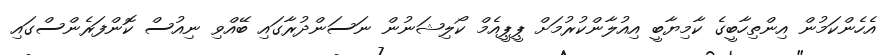
އެހެންކަމުން އިންތިހާބީގެ ކާމިޔާބީ އިއުލާންކުރުމަށް ޕީޕީއެމް ކޯލިޝަނުން ނަސަންދުރާގައި ބޭއްވި ނިއުސް ކޮންފަރެންސްގައި